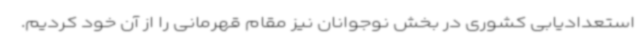
استعدادیابی کشوری در بخش نوجوانان نیز مقام قهرمانی را از آن خود کردیم.